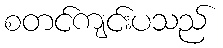
စတင်ကျင်းပသည်